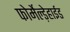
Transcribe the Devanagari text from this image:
फोर्मेल्ड़ेहाईड